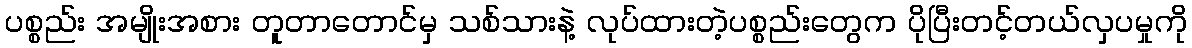
ပစ္စည်း အမျိုးအစား တူတာတောင်မှ သစ်သားနဲ့ လုပ်ထားတဲ့ပစ္စည်းတွေက ပိုပြီးတင့်တယ်လှပမှုကို